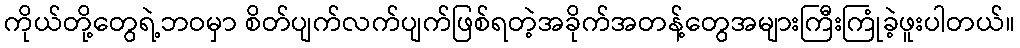
ကိုယ်တို့တွေရဲ့ဘဝမှာ စိတ်ပျက်လက်ပျက်ဖြစ်ရတဲ့အခိုက်အတန့်တွေအများကြီးကြုံခဲ့ဖူးပါတယ်။